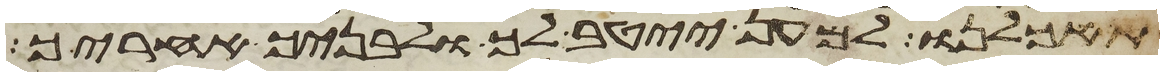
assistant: תאכלנו למען ייטב לך ולבניך אחריך